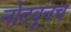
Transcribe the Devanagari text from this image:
नोंदवूनच